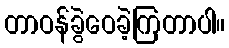
တာဝန်ခွဲဝေခဲ့ကြတာပါ။